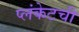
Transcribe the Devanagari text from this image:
प्लंकेटची